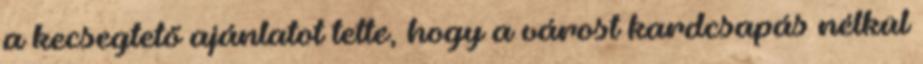
a kecsegtető ajánlatot tette, hogy a várost kardcsapás nélkül